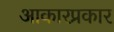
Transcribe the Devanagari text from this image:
आकारप्रकार